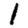
Digit: 1